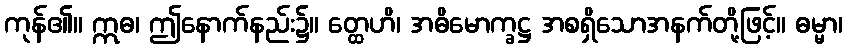
ကုန်၏။ ဣဓ၊ ဤနောက်နည်း၌။ တ္ထေဟိ၊ အဓိမောက္ခဋ္ဌ အစရှိသောအနက်တို့ဖြင့်။ ဓမ္မာ၊